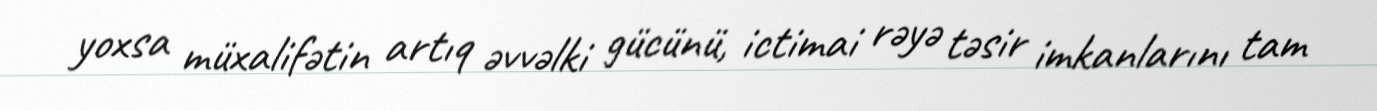
yoxsa müxalifətin artıq əvvəlki gücünü, ictimai rəyə təsir imkanlarını tam